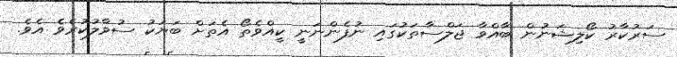
ސަރުކާރު ކޯލިޝަނުން ބާއްވާ ޖަލްސާތަކުގައި ނުފެންނަނީ ކީއްވެތޯ އެތަށް ބަޔަކު ސުވާލުކުރެވެ އެވެ.